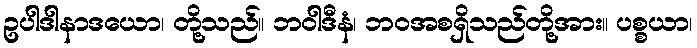
ဥပါဒါနာဒယော၊ တို့သည်။ ဘဝါဒီနံ၊ ဘဝအစရှိသည်တို့အား။ ပစ္စယာ၊